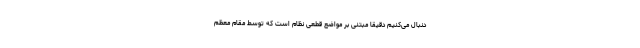
دنبال می‌کنیم دقیقاً مبتنی بر مواضع قطعی نظام است که توسط مقام معظم